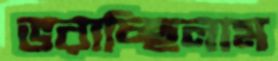
ভরাচ্ছিলাম